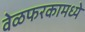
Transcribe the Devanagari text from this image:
वेळफरकामध्ये